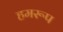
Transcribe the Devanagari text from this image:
हमरूप